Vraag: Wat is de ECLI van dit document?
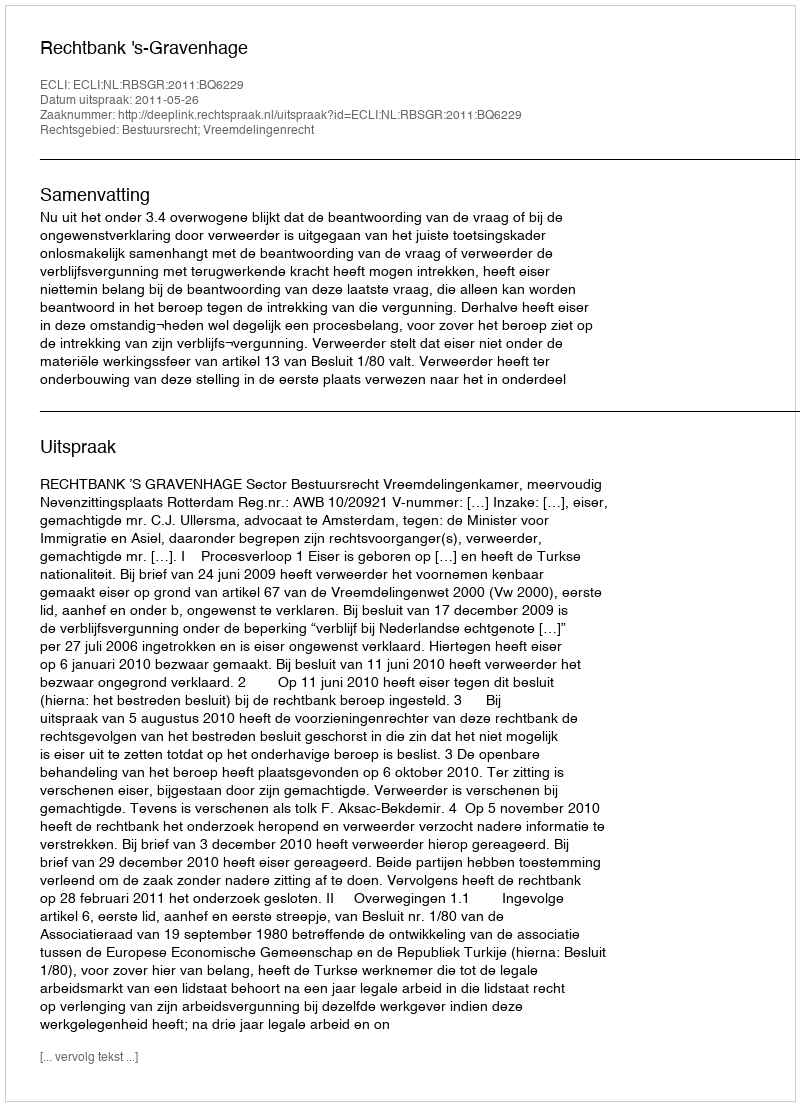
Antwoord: ECLI:NL:RBSGR:2011:BQ6229